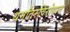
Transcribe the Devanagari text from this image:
धर्मांतरविरोधात